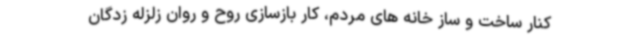
کنار ساخت و ساز خانه های مردم، کار بازسازی روح و روان زلزله زدگان